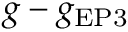
g - g _ { \mathrm { { E P 3 } } }